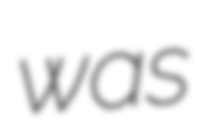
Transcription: was